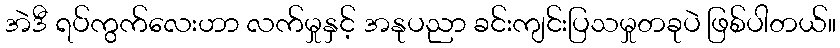
အဲဒီ ရပ်ကွက်လေးဟာ လက်မှုနှင့် အနုပညာ ခင်းကျင်းပြသမှုတခုပဲ ဖြစ်ပါတယ်။